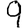
Digit: 9